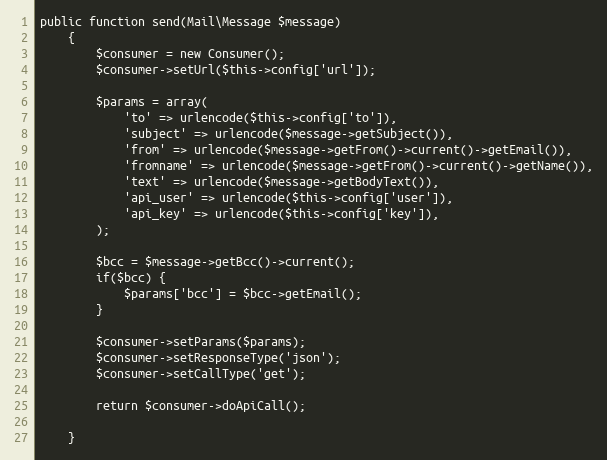
Language: PHP
public function send(Mail\Message $message)
    {
        $consumer = new Consumer();
        $consumer->setUrl($this->config['url']);

        $params = array(
            'to' => urlencode($this->config['to']),
            'subject' => urlencode($message->getSubject()),
            'from' => urlencode($message->getFrom()->current()->getEmail()),
            'fromname' => urlencode($message->getFrom()->current()->getName()),
            'text' => urlencode($message->getBodyText()),
            'api_user' => urlencode($this->config['user']),
            'api_key' => urlencode($this->config['key']),
        );

        $bcc = $message->getBcc()->current();
        if($bcc) {
            $params['bcc'] = $bcc->getEmail();
        }

        $consumer->setParams($params);
        $consumer->setResponseType('json');
        $consumer->setCallType('get');

        return $consumer->doApiCall();

    }